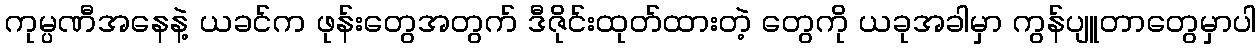
ကုမ္ပဏီအနေနဲ့ ယခင်က ဖုန်းတွေအတွက် ဒီဇိုင်းထုတ်ထားတဲ့ တွေကို ယခုအခါမှာ ကွန်ပျူတာတွေမှာပါ